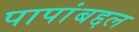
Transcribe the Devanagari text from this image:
पापांबद्दल